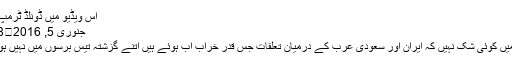
اس ویڈیو میں ڈونلڈ ٹرمپ …
جنوری 5, 2016	298
اس میں کوئی شک نہیں کہ ایران اور سعودی عرب کے درمیان تعلقات جس قدر خراب اب ہوئے ہیں اتنے گزشتہ تیس برسوں میں نہیں ہوئے۔